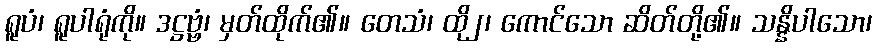
ရူပံ၊ ရူပါရုံကို။ ဒဋ္ဌဗ္ဗံ၊ မှတ်ထိုက်၏။ တေသံ၊ ထို၂၊ ကောင်သော ဆိတ်တို့၏။ သန္နိပါသော၊